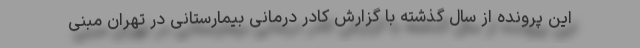
این پرونده از سال گذشته با گزارش کادر درمانی بیمارستانی در تهران مبنی